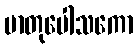
မာတုပေါသကော